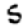
Digit: 5